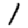
Digit: 1